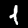
Digit: 1